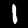
Digit: 1